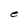
Character: e